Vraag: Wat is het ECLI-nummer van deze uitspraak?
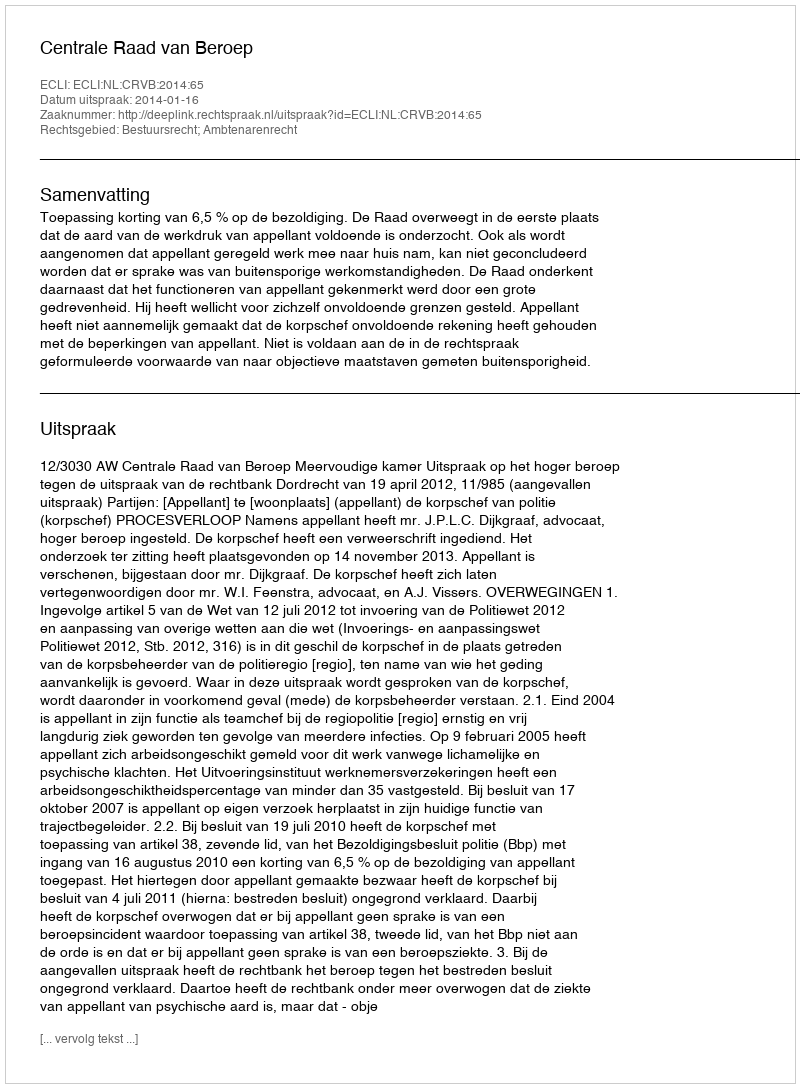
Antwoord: ECLI:NL:CRVB:2014:65